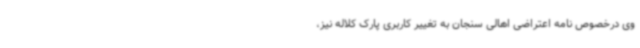
وی درخصوص نامه اعتراضی اهالی سنجان به تغییر کاربری پارک کلاله نیز،